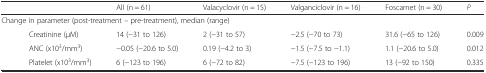
|  |  | All (n = 61) | Valacyclovir (n = 15) | Valganciclovir (n = 16) | Foscarnet (n = 30) | P |
 | --- | --- | --- | --- | --- | --- | --- |
 | <COLSPAN=7> Change in parameter (post-treatment – pre-treatment), median (range) |
 |  | Creatinine (μM) | 14 (−31 to 126) | 2 (−31 to 57) | −2.5 (−70 to 73) | 31.6 (−65 to 126) | 0.009 |
 |  | ANC (x103/mm3) | −0.05 (−20.6 to 5.0) | 0.19 (−4.2 to 3) | −1.5 (−7.5 to −1.1) | 1.1 (−20.6 to 5.0) | 0.012 |
 |  | Platelet (x103/mm3) | 6 (−123 to 196) | 6 (−72 to 82) | −7.5 (−123 to 196) | 13 (−92 to 150) | 0.335 |